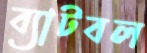
ব্যাটবল